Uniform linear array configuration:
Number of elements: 24
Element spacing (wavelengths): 0.75
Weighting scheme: hamming
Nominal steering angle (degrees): -15
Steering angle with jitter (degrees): -16.012
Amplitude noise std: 0.05
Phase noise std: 0.05

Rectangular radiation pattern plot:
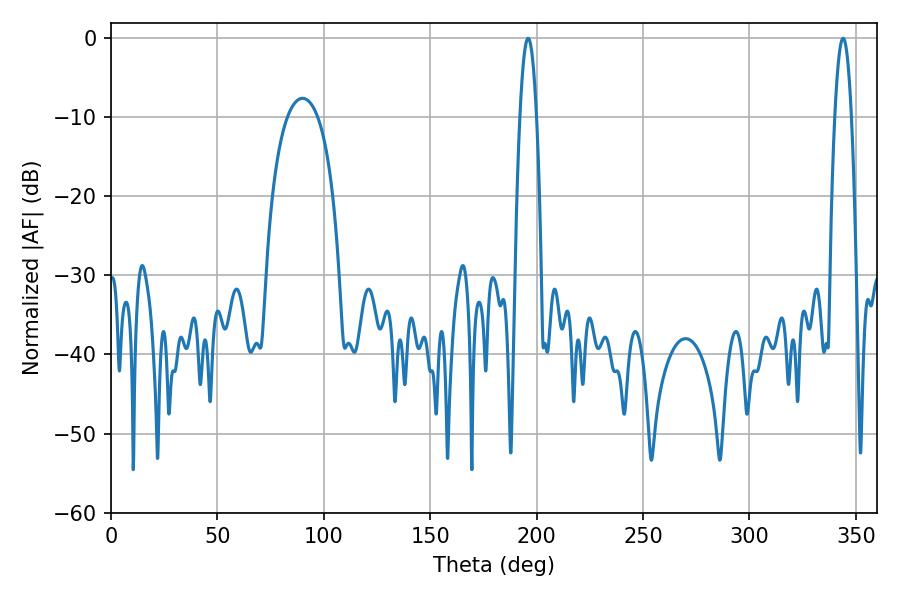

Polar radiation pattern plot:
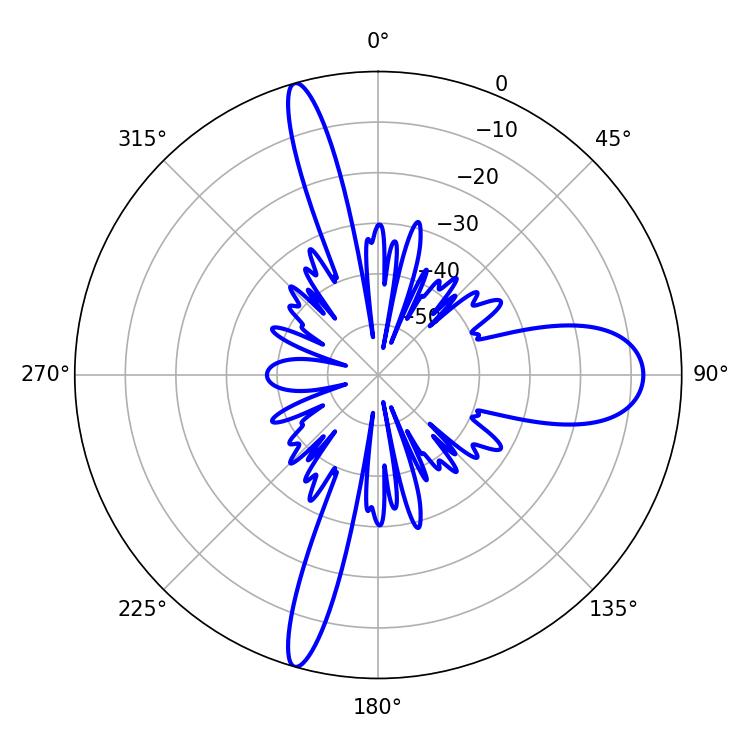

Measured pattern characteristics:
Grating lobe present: TRUE
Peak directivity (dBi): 26.91
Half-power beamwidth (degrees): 4.32
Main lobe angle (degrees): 343.98